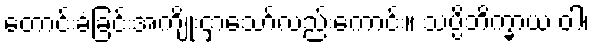
တောင်းခံခြင်းအကျိုးငှာသော်လည်းကောင်း။ သပ္ပိဘိက္ခာယ ဝါ၊